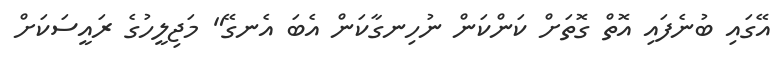
އޭގައި ބުނެފައި އޮތް ގޮތަށް ކަންކަން ނުހިނގާކަން އެބަ އެނގޭ" މަޖިލީހުގެ ރައީސަކަށް